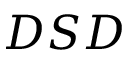
D S D